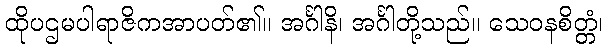
ထိုပဌမပါရာဇိကအာပတ်၏။ အင်္ဂါနိ၊ အင်္ဂါတို့သည်။ သေဝနစိတ္တံ၊